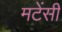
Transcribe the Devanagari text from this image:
मटेंसी